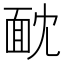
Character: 𩈉